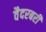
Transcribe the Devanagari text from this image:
वैदरबरी